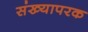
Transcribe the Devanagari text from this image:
संख्यापरक